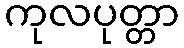
ကုလပုတ္တာ